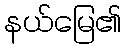
နယ်မြေ၏